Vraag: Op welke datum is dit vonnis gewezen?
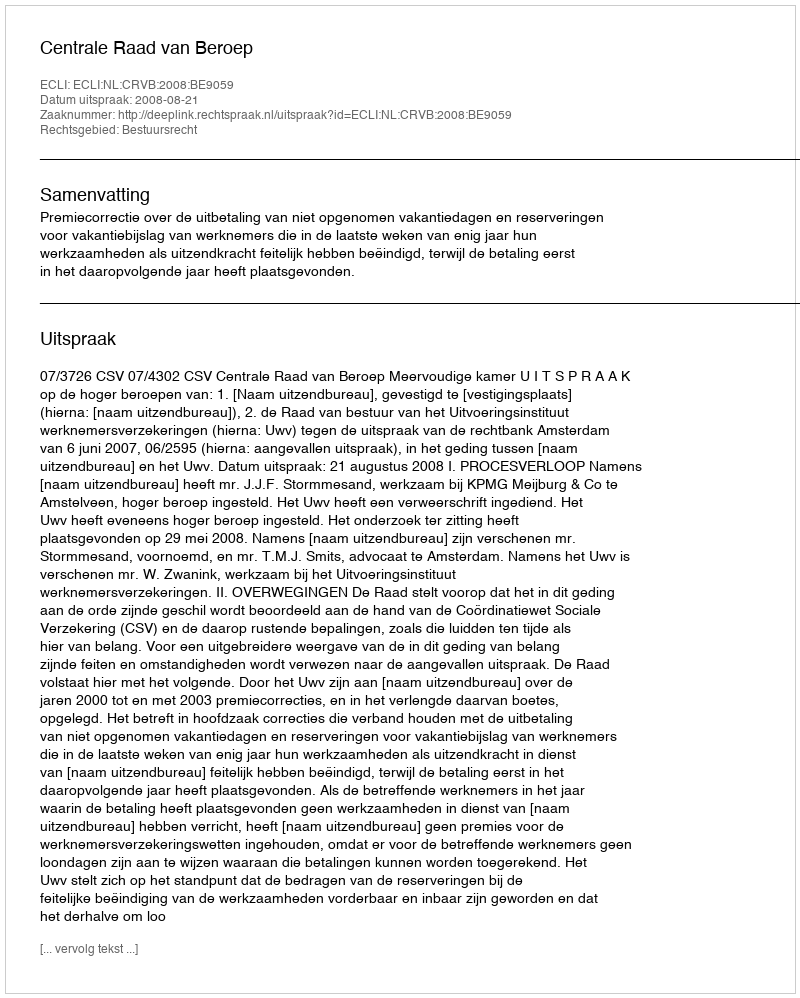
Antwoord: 2008-08-21